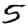
Digit: 5